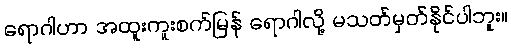
ရောဂါဟာ အထူးကူးစက်မြန် ရောဂါလို့ မသတ်မှတ်နိုင်ပါဘူး။